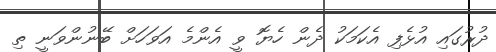
ދުރުގައި އުޅެފި އެކަމަކު ދެން ހެޔޮ ވީ އެންމެ އަވަހަށް ބޭނުންވަނީ ތި